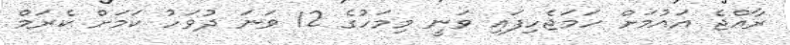
ރާއްޖެ އައުމަށް ހަމަޖެހިފައި ވަނީ މިމަހުގެ 12 ވަނަ ދުވަހު ކަމަށް ކެރަމް